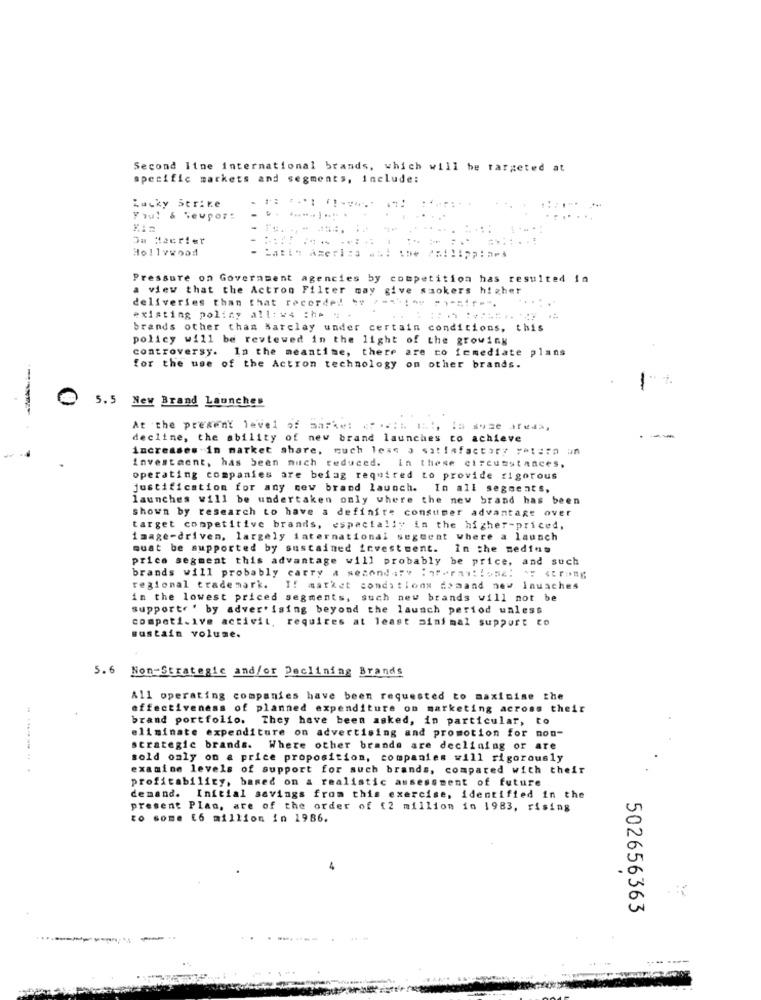
Second line international brands, which will be targeted at
specific markets and segments, include:
Lucky Strike
You! & Seupor:
. .. .........
Om Meerier
Hollywood
Pressure on Government agencies by competition has resulted in
a view that the Actron Filter may give smokers higher
deliveries than that recorded 5y / **** " ","si".
existing policy all: #4 :he
brands other than Barclay under certain conditions, this
policy will be reviewed in the light of the growing
controversy. In the meantime, there are to femediate plans
for the use of the Actron technology on other brands.
5.5 New Brand Launches
At the present level of marke: ***: " 1 :, la suae areda,
decline, the ability of new brand launches to achieve
increases in market share, much less a satisfactory yetita un
investment, has been much reduced. In these circumstances,
operating companies are beiag required to provide rigorous
justification for any new brand launch. In all segments,
launches will be undertaken only where the new brand has been
shown by research to have a definire consumer advantage over
target competitive brands, especially in the higher-priced,
image-driven, largely international seguent where a launch
quat be supported by sustained investment. In the medium
price segment this advantage will probably be price, and such
brands will probably carry a secondity :7forny: ! one: > <trong
regional trademark. If market conditions domand new Inuaches
in the lowest priced segments, such new brands will not be
support ' by advertising beyond the launch period unless
competi.ive activit, requires at least minimal support to
sustain volume.
5.6
Non-Strategic and/or Declining Brands
All operating companies have been requested to maximise the
effectiveness of planned expenditure on marketing across their
brand portfolio. They have been asked, in particular, to
eliminate expenditure on advertising and promotion for non-
strategic brands. Where other brands are declining or are
sold only on a price proposition, companies will rigorously
examine levels of support for such brands, compared with their
profitability, based on a realistic assessment of future
demand. Initial savings from this exercise, identified in the
present Plan, are of the order of [2 million in 1983, rising
to some 16 million in 1986.
502656363
-
------